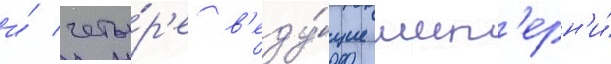
и́ четы́р'е в'еду́щие шест'ерн'и́